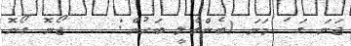
ޖަނަ ގަޱަ މަނަ (ބެންގާލީ ބަހުން:    ޖޯނޮ ގޯނޮ